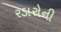
રડારોની